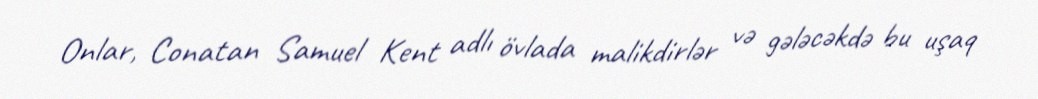
Onlar, Conatan Samuel Kent adlı övlada malikdirlər və gələcəkdə bu uşaq